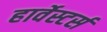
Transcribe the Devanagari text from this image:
हार्वेस्टर्स